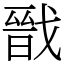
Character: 戩